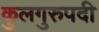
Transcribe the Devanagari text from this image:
कुलगुरुपदी